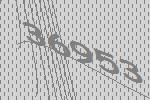
36953